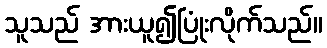
သူသည် အားယူ၍ပြုံးလိုက်သည်။